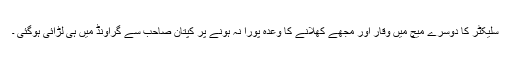
سلیکٹر کا دوسرے میچ میں وقار اور مجھے کھلانے کا وعدہ پورا نہ ہونے پر کپتان صاحب سے گراونڈ میں ہی لڑائی ہوگئی ۔